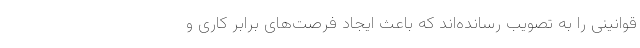
قوانینی را به تصویب رسانده‌اند که باعث ایجاد فرصت‌های برابر کاری و